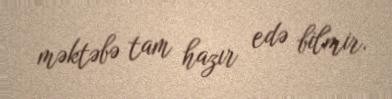
məktəbə tam hazır edə bilmir.